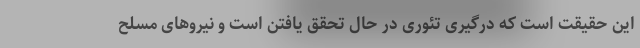
این حقیقت است که درگیری تئوری در حال تحقق یافتن است و نیروهای مسلح